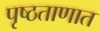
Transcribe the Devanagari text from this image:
पृष्ठताणात